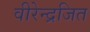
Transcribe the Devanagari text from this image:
वीरेन्द्रजित